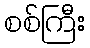
စစ်ကြီး